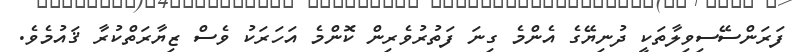
ފަރަންސޭސިވިލާތަކީ ދުނިޔޭގެ އެންމެ ގިނަ ފަތުރުވެރިން ކޮންމެ އަހަރަކު ވެސް ޒިޔާރަތްކުރާ ޤައުުމެވެ.